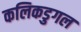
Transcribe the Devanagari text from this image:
कलिकडुगल